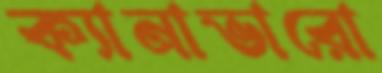
ক্যানাভারো